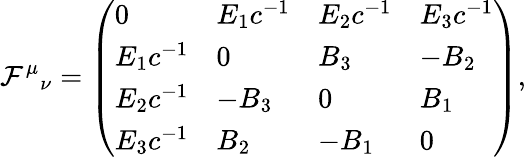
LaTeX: \mathcal{F}^{\mu}{}_{\nu}=\left(\begin{array}{llll}{0}&{E_{1}c^{-1}}&{E_{2}c^{-1}}&{E_{3}c^{-1}}\\ {E_{1}c^{-1}}&{0}&{B_{3}}&{-B_{2}}\\ {E_{2}c^{-1}}&{-B_{3}}&{0}&{B_{1}}\\ {E_{3}c^{-1}}&{B_{2}}&{-B_{1}}&{0}\end{array}\right),